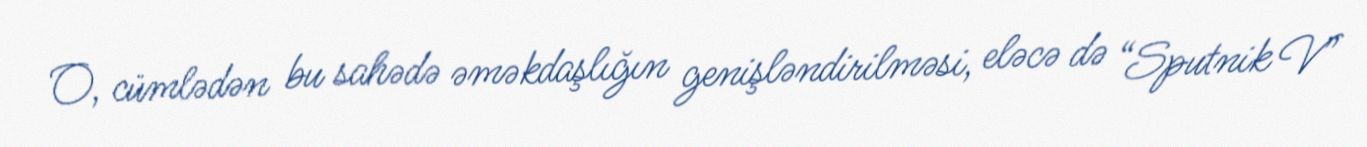
O, cümlədən bu sahədə əməkdaşlığın genişləndirilməsi, eləcə də “Sputnik V”